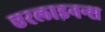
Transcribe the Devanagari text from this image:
एरलाइनन्स